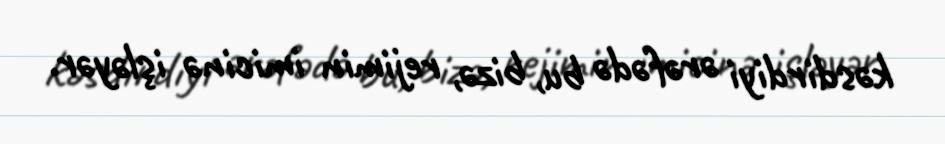
kəsdirdiyi ərəfədə bu, bizə, rejimin imicinə işləyər.